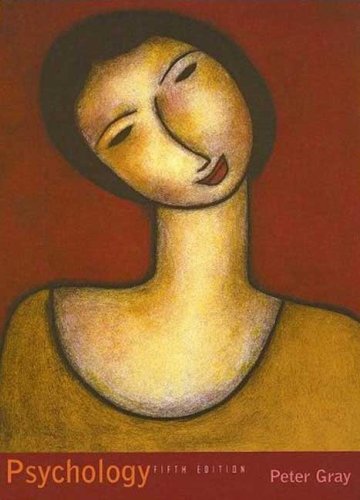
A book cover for Psychology; Peter O. Gray; Medical Books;